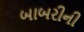
બાબરીની